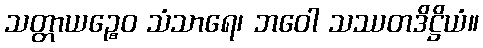
သတ္တာယဉ္စေဝ သံသာရေ၊ ဘဝေါ သဿတဒိဋ္ဌိယံ။